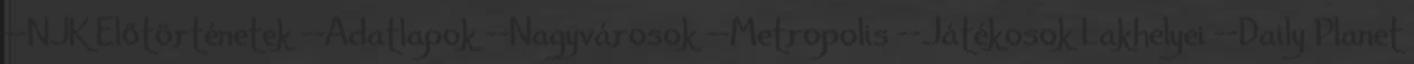
--NJK Előtörténetek --Adatlapok --Nagyvárosok --Metropolis --Játékosok Lakhelyei --Daily Planet